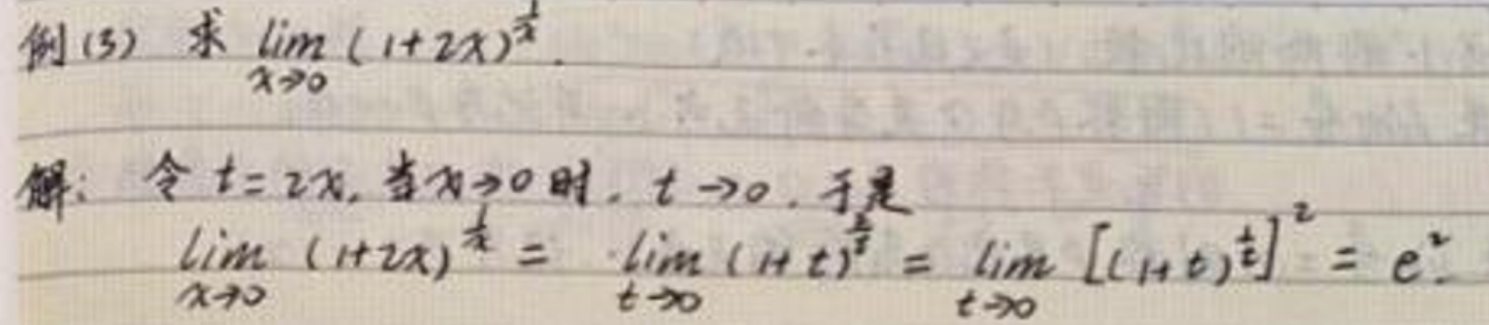

例(3)求\(\lim_{x \to 0}(1 + 2x)^{\frac{1}{x}}\)。

解：令\(t = 2x\)，当\(x \to 0\)时，\(t \to 0\)。于是

\(\lim_{x \to 0}(1 + 2x)^{\frac{1}{x}}=\lim_{t \to 0}(1 + t)^{\frac{2}{t}}=\lim_{t \to 0}[(1 + t)^{\frac{1}{t}}]^2 = e^2\)。